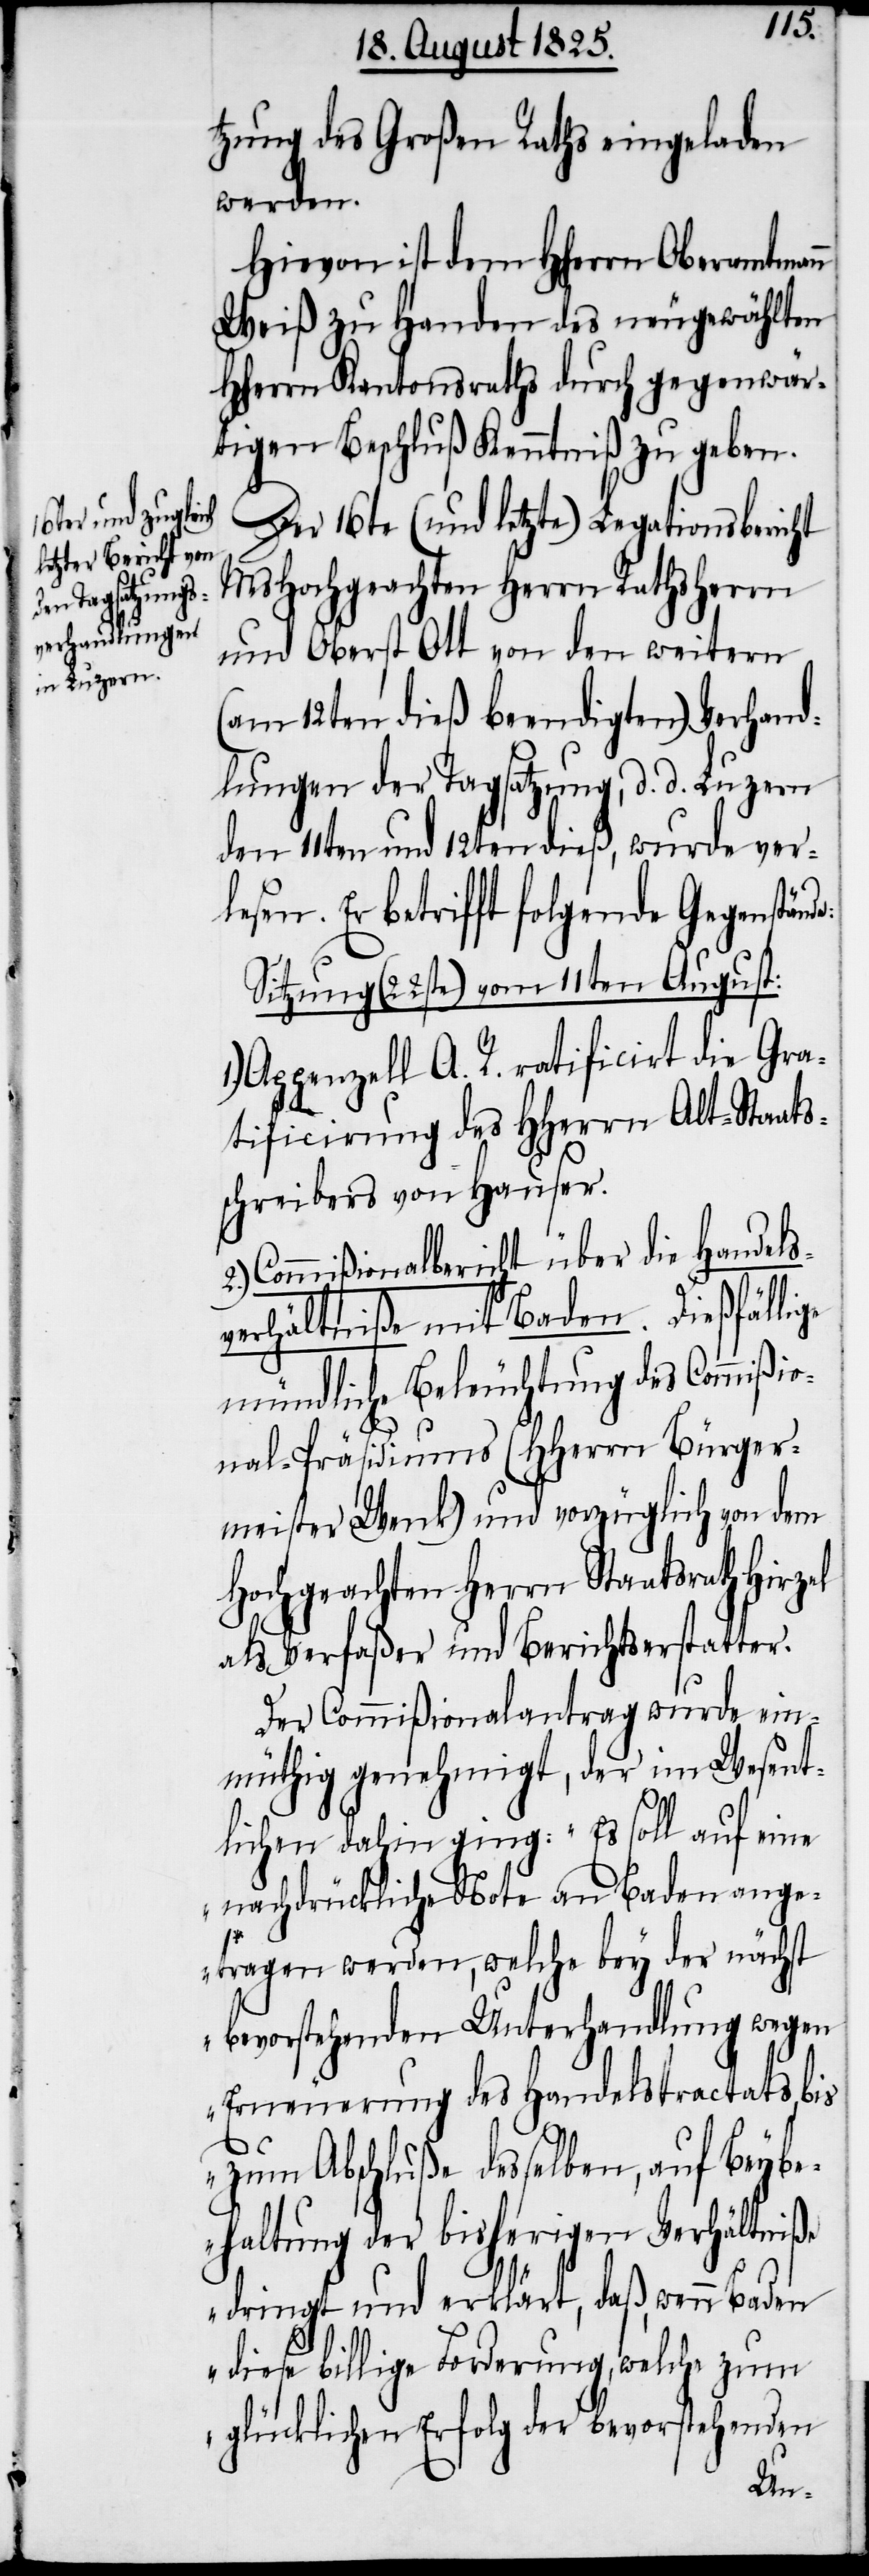
e:
tzung des Großen Raths eingeladen
werden.
Hievon ist dem HHerrn Oberamtmann
Weiß zu Handen des neugewählten
HHerrn Kantonsraths durch gegenwär¬
tigen Beschluß Kenntniß zu geben.
Der 16te (und letzte) Legationsbericht
MsHochgeachten Herrn Rathsherrn
und Oberst Ott von den weitern
(am 12ten dieß beendigten) Verhand¬
lungen der Tagsatzung, d. d. Luzern
den 11ten und 12ten dieß, wurde ver¬
lesen. Es betrifft folgende Gegenständ¬
Sitzung (22ste) vom 11ten August:
Appenzell A. R. ratificirt die Gra¬
tificirung des HHerrn Alt-Staats¬
schreibers von Hauser.
Commißionalbericht über die Handels¬
verhältniße mit Baden. Dießfällige
mündliche Beleuchtung des Commißio¬
nal-Präsidiums (HHerrn Bürger¬
meister Wenk) und vorzüglich von dem
Hochgeachten Herrn Staatsrath Hirzel
als Verfaßer und Berichtserstatter.
Der Commißionalantrag wurde ein¬
müthig genehmigt, der im Wesent¬
lichen dahin ging: „Es soll auf eine
nachdrückliche Note an Baden ange¬
tragen werden, welche bey der nächst
bevorstehenden Unterhandlung wegen
Erneuerung des Handelstractats bis
zum Abschluße desselben, auf Beybe¬
haltung der bisherigen Verhältniße
dringt und erklärt, daß, wenn Baden
diese billige Forderung, welche zum
glücklichen Erfolg der bevorstehenden